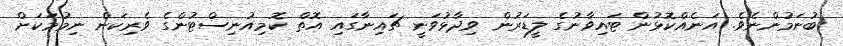
ބުނަމުންނެވެ. އަނެއްކޮޅުން ޓައިވާނުގެ ލީޑަރުން ވިދާޅުވަނީ ޗައިނާގައި އޮތް ކޮމިއުނިސްޓުންގެ ވެރިކަން ނިމުމަކަށް